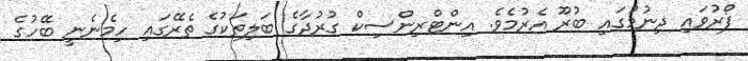
ފޯރުވައި ދިނުމުގައި ބުރޫ އެރުމެވެ. އިންޓްރިންސިކް ގުރުދާގެ ބަލިތަކުގެ ތެރޭގައި ހިމެނެނީ ބޭހުގެ